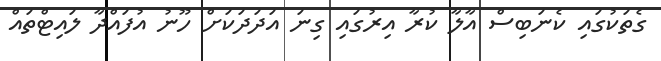
ގެތަކުގައި ކެނަބިސް އާލާ ކުރާ އިރުގައި ގިނަ އަދަދަކަށް ހޫނު އުފައްދާ ލައިޓްތައް